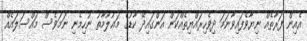
އެއިން ފަރާތެއް ނިޔާވެފައިވާނަމަ ދިވެހިރައްޔިތެއްކަން އަންގައިދޭ ކާޑުގެ މަޢުލޫމާތު ނުހިމެނި ނަމަވެސް މައްސަލައެއް